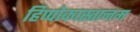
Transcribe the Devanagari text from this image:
हिप्पोकास्तानम